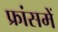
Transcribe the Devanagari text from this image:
फ्रांसमें